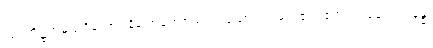
သုပ္ပတိဋ္ဌအမည်ရှိသော။ နိဂြောဓရာဇဿ၊ ပညောင်ပင်မင်း၏။ ဧကံ၊ တခုသော။ ခန္ဓံ၊